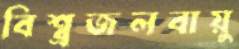
বিশ্ব্রজলবায়ু